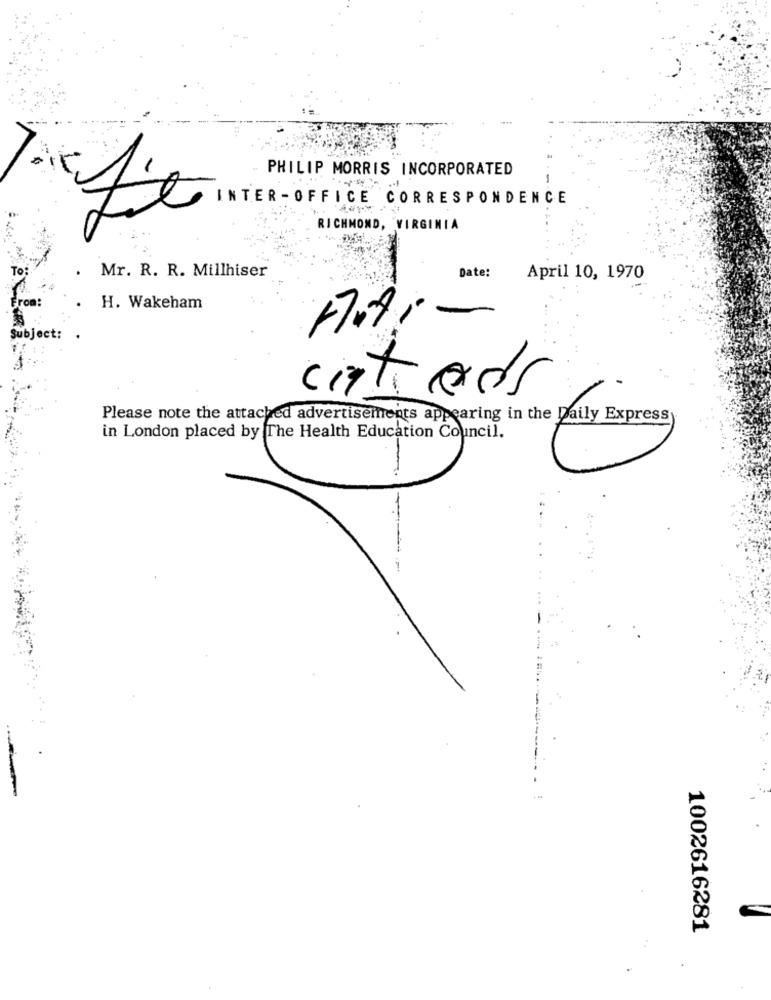
. PHILIP MORRIS INCORPORATED
INTER -OFFICE CORRESPONDENCE
RICHMOND, VIRGINIA
Mr. R. R. Millhiser
Date:
April 10, 1970
From:
H. Wakeham
Subject:
catrods
Please note the attached advertisements appearing in the Daily Express
in London placed by The Health Education Council.
" The Health.
1002616281